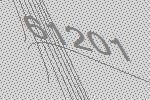
61201